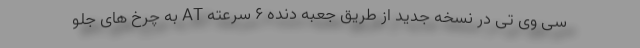
سی وی تی در نسخه جدید از طریق جعبه دنده ۶ سرعته AT به چرخ های جلو